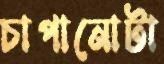
চাপানোটা